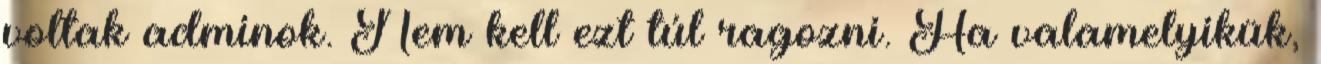
voltak adminok. Nem kell ezt túl ragozni. Ha valamelyikük,